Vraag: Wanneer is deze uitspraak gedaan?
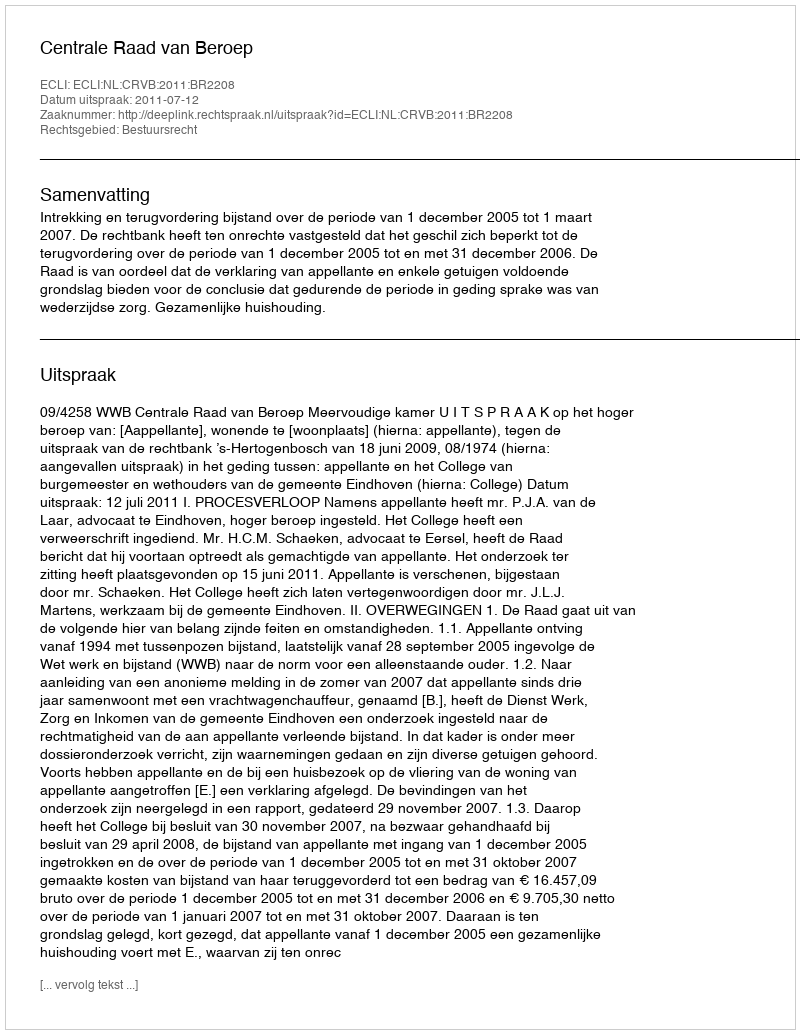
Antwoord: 2011-07-12